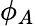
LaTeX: \phi_{A}